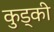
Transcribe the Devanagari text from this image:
कुड्की